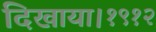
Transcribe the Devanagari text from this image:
दिखाया।१९१२